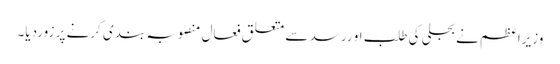
وزیراعظم نے بجلی کی طلب او ررسد سے متعلق فعال منصوبہ بندی کرنے پر زوردیا۔